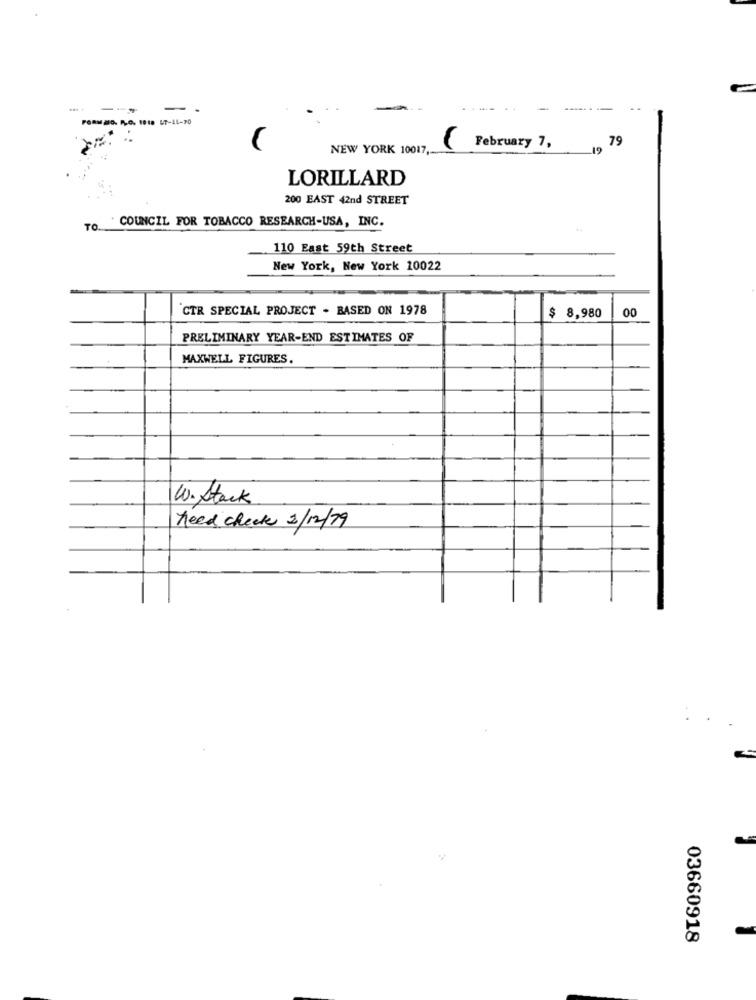
-
FORMAD. R.O. 1918 4T-IL-70
NEW YORK 10017,
February 7,
79
LORILLARD
200 EAST 42nd STREET
TO COUNCIL FOR TOBACCO RESEARCH-USA, INC.
110 East 59th Street
New York, New York 10022
CTR SPECIAL PROJECT . BASED ON 1978
00
$ 8,980
PRELIMINARY YEAR-END ESTIMATES OF
MAXWELL FIGURES.
W. Stack
Need check 3/12/19
03660918